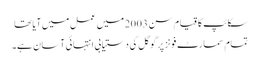
سکائپ کا قیام سن 2003 میں عمل میں آیا تھا
تمام سمارٹ فونز پر گوگل کی دستیابی انتہائی آسان ہے۔